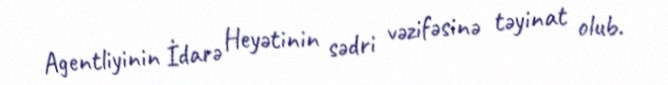
Agentliyinin İdarə Heyətinin sədri vəzifəsinə təyinat olub.